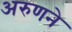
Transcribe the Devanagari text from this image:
अरुणने